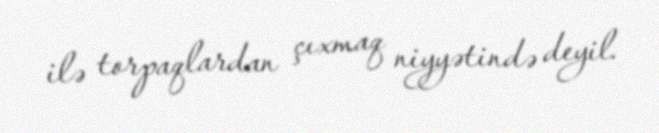
ilə torpaqlardan çıxmaq niyyətində deyil.